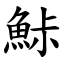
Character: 鮛